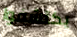
يكتشفوا